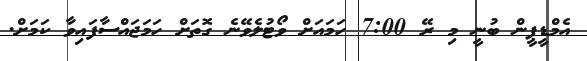
އެމްޑީޕީން ބުނީ މި ރޭ 7:00 ހަމައަށް ވޯޓުލެވޭނެ ގޮތަށް ހަމަޖައްސާފައިވާ ކަމަށް.